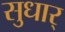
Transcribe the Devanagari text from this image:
सुधार्